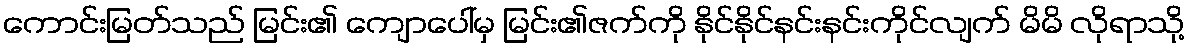
ကောင်းမြတ်သည် မြင်း၏ ကျောပေါ်မှ မြင်း၏ဇက်ကို နိုင်နိုင်နင်းနင်းကိုင်လျက် မိမိ လိုရာသို့